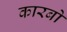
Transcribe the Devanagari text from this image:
कारबो